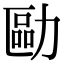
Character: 𠢔